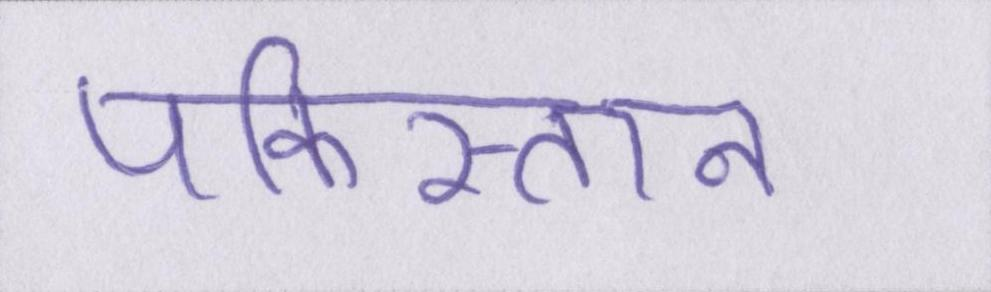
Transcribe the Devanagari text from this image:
पकिस्तान